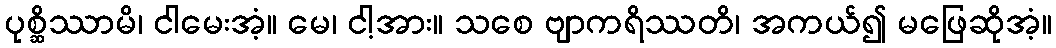
ပုစ္ဆိဿာမိ၊ ငါမေးအံ့။ မေ၊ ငါ့အား။ သစေ ဗျာကရိဿတိ၊ အကယ်၍ မဖြေဆိုအံ့။